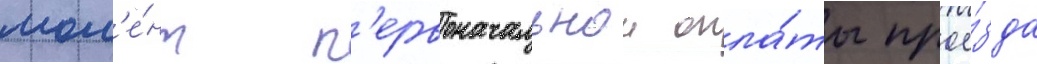
мом'е́нт п'ервоначальнои опла́ты прое́зда